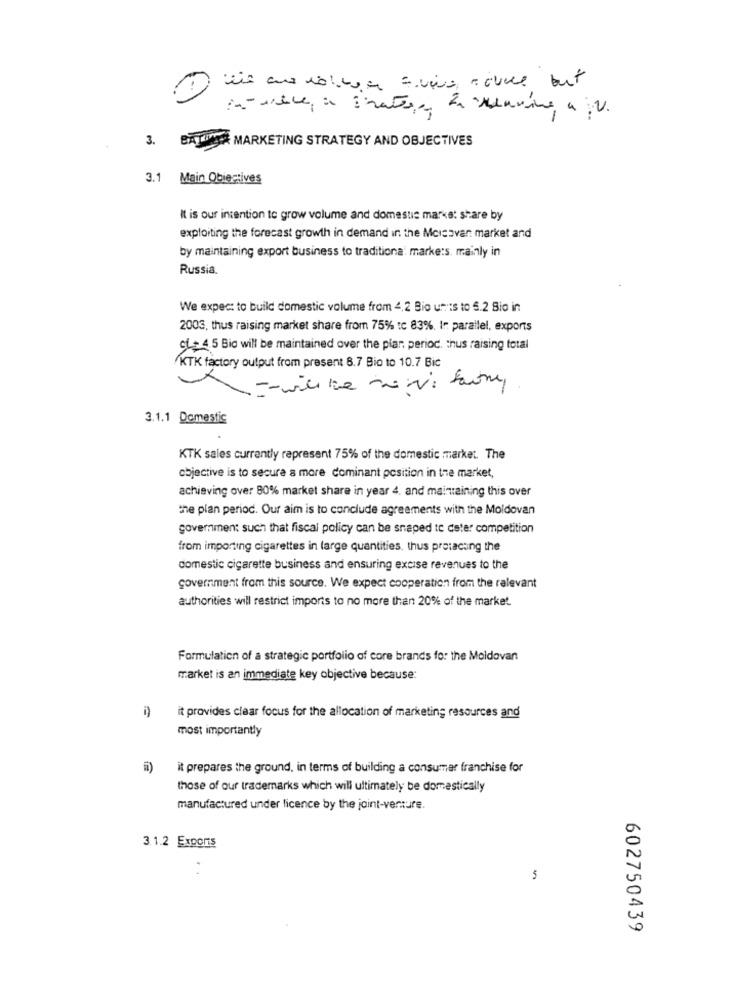
3.
BAKINCA MARKETING STRATEGY AND OBJECTIVES
3.1 Main Obiectives
It is our intention to grow volume and domestic market share by
exploiting the forecast growth in demand in the Mcicovar market and
by maintaining export business to traditiona: marke:s. mainly in
Russia
We expect to build domestic volume from 4,2 Bio ut is to 5.2 Bio in
2003, thus raising market share from 75% tc 83%. In parallel, exports
ci+ 4.5 Bio will be maintained over the plar period. thus raising total
KTK factory output from present 8.7 Bio to 10.7 Bic
3.1.1 Domestic
KTK sales currently represent 75% of the domestic market. The
objective is to secure a more dominant position in the market,
achieving over 80% market share in year 4. and maintaining this over
the plan period. Our aim is to conclude agreements with the Moldovan
government such that fiscal policy can be snaped to deter competition
from importing cigarettes in large quantities. thus protecting the
domestic cigarette business and ensuring excise revenues to the
government from this source. We expect cooperation from the relevant
authorities will restrict imports to no more than 20% of the market.
Formulation of a strategic portfolio of core brands for the Moldovan
market is an immediate key objective because:
it provides clear focus for the allocation of marketing resources and
most importantly
it prepares the ground, in terms of building a consumar franchise for
those of our trademarks which will ultimately be domestically
manufactured under licence by the joint-venture.
3.1.2 Exports
602750439